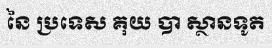
នៃ ប្រទេស គុយ បា ស្ថានទូត